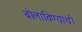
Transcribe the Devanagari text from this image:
बोलाविण्याची